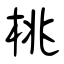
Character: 桃